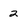
Character: 2